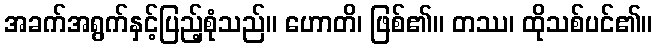
အခက်အရွက်နှင့်ပြည့်စုံသည်။ ဟောတိ၊ ဖြစ်၏။ တဿ၊ ထိုသစ်ပင်၏။